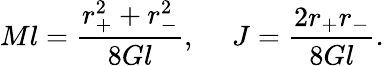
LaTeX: Ml={\frac{r_{+}^{2}+r_{-}^{2}}{8Gl}},\ \ \ \ \ J={\frac{2r_{+}r_{-}}{8Gl}}.